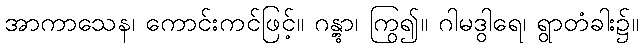
အာကာသေန၊ ကောင်းကင်ဖြင့်။ ဂန္တွာ၊ ကြွ၍။ ဂါမဒွါရေ၊ ရွာတံခါး၌။